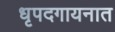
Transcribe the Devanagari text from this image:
धृपदगायनात